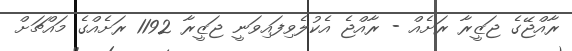
ރާއްޖޭގެ ޖަޒީރާ ރަށެއް - ރާއްޖެ އެކުލެވިފައިވަނީ ޖަޒީރާ 1192 ރަށެއްގެ މައްޗަށް